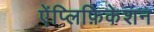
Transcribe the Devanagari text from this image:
ऐंप्लिफ़िकेशन